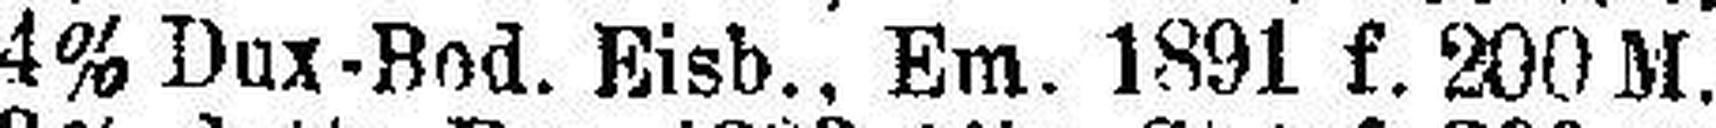
4% Dux-Bod. Eisb., Em. 1891 f. 200 M.